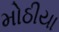
મોઠીયા